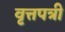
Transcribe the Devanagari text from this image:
वृत्तपत्री